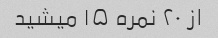
از ۲۰ نمره ۱۵ میشید